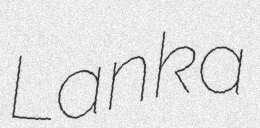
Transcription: Lanka